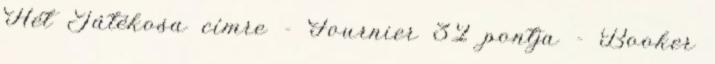
Hét Játékosa címre - Fournier 32 pontja - Booker